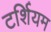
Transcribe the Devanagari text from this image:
टर्शियम